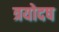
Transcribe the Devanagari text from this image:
त्रयोदष